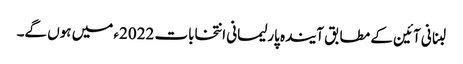
لبنانی آئین کے مطابق آیندہ پارلیمانی انتخابات 2022ء میں ہوں گے۔